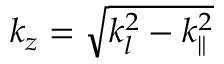
k _ { z } = \sqrt { k _ { l } ^ { 2 } - k _ { \parallel } ^ { 2 } }